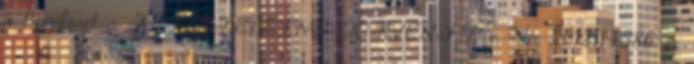
a figyelmet a KERESKEDELMI TÖRVÉNY Doc. No. 2012114586 és